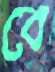
বে